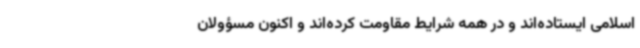
اسلامی ایستاده‌اند و در همه شرایط مقاومت کرده‌اند و اکنون مسؤولان